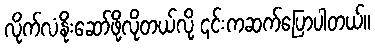
လိုက်လံနိုးဆော်ဖို့လိုတယ်လို့ ၎င်းကဆက်ပြောပါတယ်။